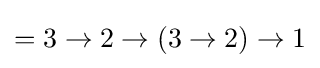
=3\to 2\to (3\to 2)\to 1